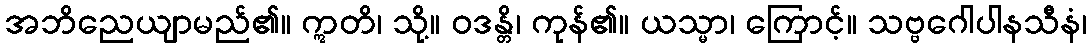
အဘိညေယျာမည်၏။ ဣတိ၊ သို့။ ဝဒန္တိ၊ ကုန်၏။ ယသ္မာ၊ ကြောင့်။ သဗ္ဗဂေါပါနသီနံ၊